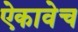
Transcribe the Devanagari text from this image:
ऐकावेच